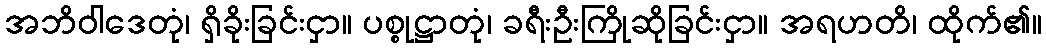
အဘိဝါဒေတုံ၊ ရှိခိုးခြင်းငှာ။ ပစ္စုဋ္ဌာတုံ၊ ခရီးဦးကြိုဆိုခြင်းငှာ။ အရဟတိ၊ ထိုက်၏။